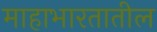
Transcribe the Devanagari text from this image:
माहाभारतातील